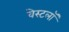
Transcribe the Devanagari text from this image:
वेस्टलॉ